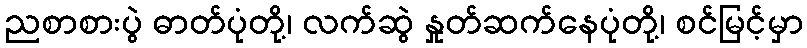
ညစာစားပွဲ ဓာတ်ပုံတို့၊ လက်ဆွဲ နှုတ်ဆက်နေပုံတို့၊ စင်မြင့်မှာ